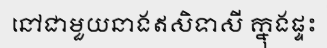
នៅជាមួយនាងឥសិទាសី ក្នុងផ្ទះ